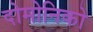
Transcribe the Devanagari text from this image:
दोमोनिको